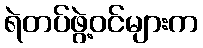
ရဲတပ်ဖွဲ့ဝင်များက